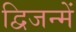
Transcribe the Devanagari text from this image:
द्विजन्में